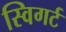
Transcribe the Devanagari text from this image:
स्विगर्ट